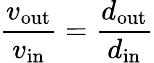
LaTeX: {\frac{v_{\mathrm{out}}}{v_{\mathrm{in}}}}={\frac{d_{\mathrm{out}}}{d_{\mathrm{in}}}}